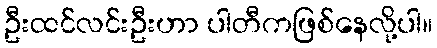
ဦးထင်လင်းဦးဟာ ပါတီကဖြစ်နေလို့ပါ။